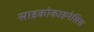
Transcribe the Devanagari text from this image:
साइकोकाइनेसिस